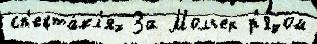
сп'екта́кл'ях За Мольер р'я́дом